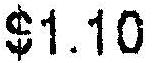
$1.10